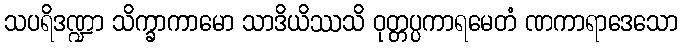
သပရိဒဏ္ဍာ သိက္ခာကာမော သာဒိယိဿသိ ဝုတ္တပ္ပကာရမေတံ ဏကာရာဒေသော